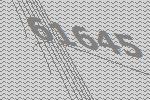
61645